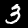
Digit: 3